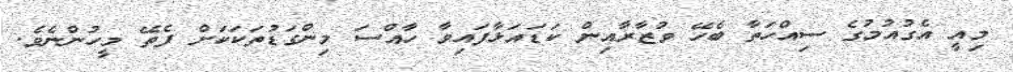
މިއީ އެގުއުމުގެ ސިއްހަތާ ބެހޭ ވުޒާރާއިން ކަޑައަޅާފައިވާ ހާއްސަ މިންގަޑުތަކަކަށް ފެތޭ މީހުންނެވެ.